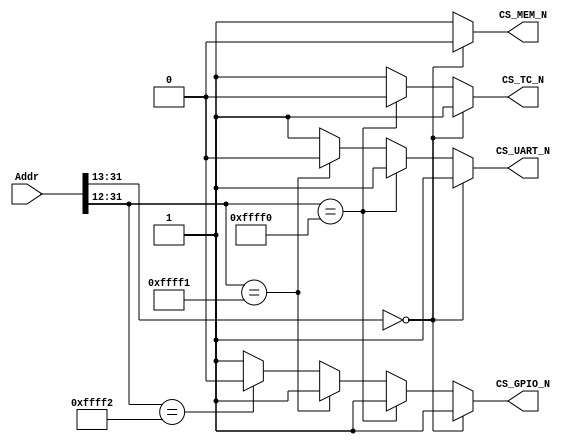
//
//          Computer Science & Engineering
//          Korea University
//  Description: Address decoder to create a simple memory-map for RV32I-based system
//

`timescale 1ns/1ns

module Addr_Decoder (input [31:0] Addr,
                     output reg CS_MEM_N,
                     output reg CS_TC_N,
                     output reg CS_UART_N,
                     output reg CS_GPIO_N);
  
//======================================================================
// Address       Peripheral           Peripheral Name         Size
// 0xFFFF_FFFF  -------------  	--------------------------	---------
//
//                Reserved
//
// 0xFFFF_3000  -------------  
//                  GPIO         General Purpose IO            4KB
// 0xFFFF_2000  -------------
//                               Universal 
//                  UART         Asynchronous                  4KB
//                               Receive/ Transmitter 
// 0xFFFF_1000  -------------
//                   TC          Timer Conter                  4KB
// 0xFFFF_0000  -------------                                
//
//                Reserved
//
// 0x0000_2000  -------------                                
//                   Mem         Instruction & Data Memory     8KB
// 0x0000_0000  -------------                                
//=======================================================================
 
  always @(*)
  begin
    if       (Addr[31:13] == 19'h0000)  // Instruction & Data Memory
      begin
           CS_MEM_N   <=0;
           CS_TC_N    <=1;
           CS_UART_N  <=1;
           CS_GPIO_N  <=1;
      end
    
    else if  (Addr[31:12] == 20'hFFFF0)  // Timer
      begin
           CS_MEM_N   <=1;
           CS_TC_N    <=0;
           CS_UART_N  <=1;
           CS_GPIO_N  <=1;
      end
     
    else if  (Addr[31:12] == 20'hFFFF1)  // UART
      begin
           CS_MEM_N    <=1;
           CS_TC_N     <=1;
           CS_UART_N   <=0;
           CS_GPIO_N   <=1;
      end

    else if  (Addr[31:12] == 20'hFFFF2)  // GPIO
      begin
           CS_MEM_N    <=1;
           CS_TC_N     <=1;
           CS_UART_N   <=1;
           CS_GPIO_N   <=0;
      end

    else 
      begin
           CS_MEM_N   <=1;
           CS_TC_N    <=1;
           CS_UART_N  <=1;
           CS_GPIO_N  <=1;
      end
  end
  
endmodule